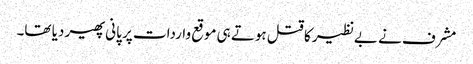
مشرف نے بےنظیر کا قتل ہوتے ہی موقع واردات پر پانی پھیر دیا تھا۔